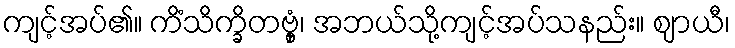
ကျင့်အပ်၏။ ကိံသိက္ခိတဗ္ဗှံ၊ အဘယ်သို့ကျင့်အပ်သနည်း။ ဈာယီ၊